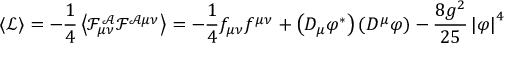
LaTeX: \left\langle { \mathcal L } \right\rangle = - \frac { 1 } { 4 } \left\langle \mathcal { F ^ { A } } _ { \mu \nu } \mathcal F ^ { \mathcal A \mu \nu } \right\rangle = - \frac { 1 } { 4 } f _ { \mu \nu } f ^ { \mu \nu } + \left( D _ { \mu } \varphi ^ { * } \right) \left( D ^ { \mu } \varphi \right) - \frac { 8 g ^ { 2 } } { 2 5 } \left| \varphi \right| ^ { 4 }